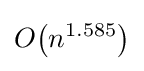
O{\mathord {\left(n^{1.585}\right)}}